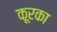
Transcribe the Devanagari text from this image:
कूरका